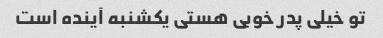
تو خیلی پدر خوبی هستی یکشنبه آینده است